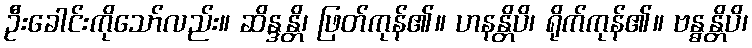
ဦးခေါင်းကိုသော်လည်း။ ဆိန္ဒန္တိ၊ ဖြတ်ကုန်၏။ ဟနန္တိပိ၊ ရိုက်ကုန်၏။ ဗန္ဓန္တိပိ၊